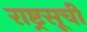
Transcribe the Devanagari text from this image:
राष्ट्रसूची